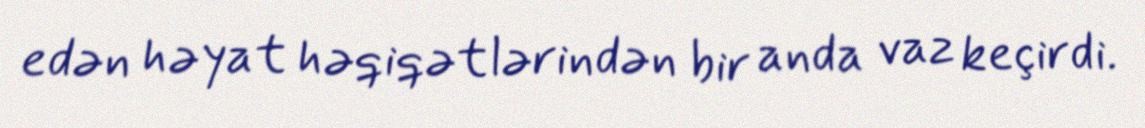
edən həyat həqiqətlərindən bir anda vaz keçirdi.